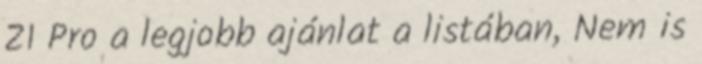
Z1 Pro a legjobb ajánlat a listában, Nem is